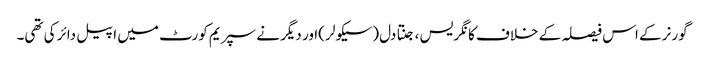
گورنر کے اس فیصلہ کے خلاف کانگریس ، جنتا دل (سیکولر )اور دیگر نے سپریم کورٹ میں اپیل دائر کی تھی۔